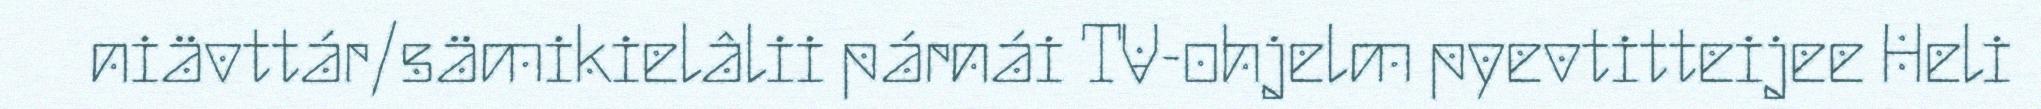
niävttár/sämikielâlii párnái TV-ohjelm pyevtitteijee Heli